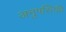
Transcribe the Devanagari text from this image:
अनुपस्तिथि